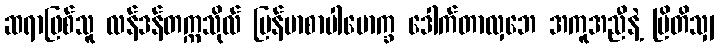
ဆရာဖြစ်သူ လန်ဒန်တက္ကသိုလ် မြန်မာစာပါမောက္ခ ဒေါက်တာလှဘေ အကူအညီနဲ့ ဗြိတိသျှ